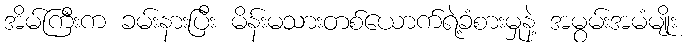
အိမ်ကြီးက ခမ်းနားပြီး မိန်းမသားတစ်ယောက်ရဲ့ခံစားမှုနဲ့ အမွမ်းအမံမျိုး